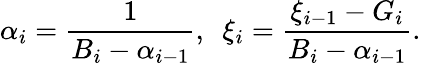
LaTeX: {\alpha_{i}}=\frac{1}{{{B_{i}}-{\alpha_{i-1}}}},~~{\xi_{i}}=\frac{{{\xi_{i-1}}-{G_{i}}}}{{{B_{i}}-{\alpha_{i-1}}}}.